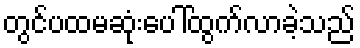
တွင်ပထမဆုံးပေါ်ထွက်လာခဲ့သည်